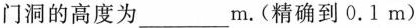
门洞的高度为______m。(精确到0.1m)